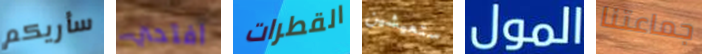
سأريكم افتحي القطرات ستعيشين المول جماعتنا